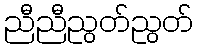
ညီညီညွတ်ညွတ်